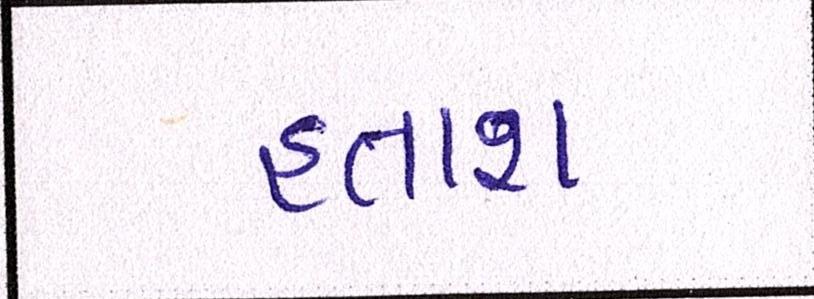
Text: હતાશ